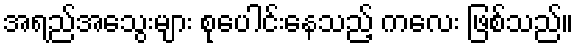
အရည်အသွေးများ စုပေါင်းနေသည့် ကလေး ဖြစ်သည်။